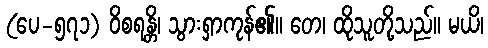
(ပေ-၅၇၁) ဝိစရန္တိ၊ သွားရှာကုန်၏။ တေ၊ ထိုသူတို့သည်။ မယိ၊